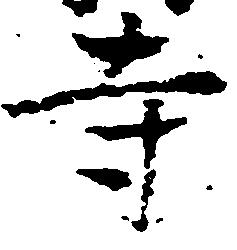
寺